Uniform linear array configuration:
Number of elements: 24
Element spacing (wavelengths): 1
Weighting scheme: binomial
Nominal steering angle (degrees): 30
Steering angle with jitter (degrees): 30.193
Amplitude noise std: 0.05
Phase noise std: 0.05

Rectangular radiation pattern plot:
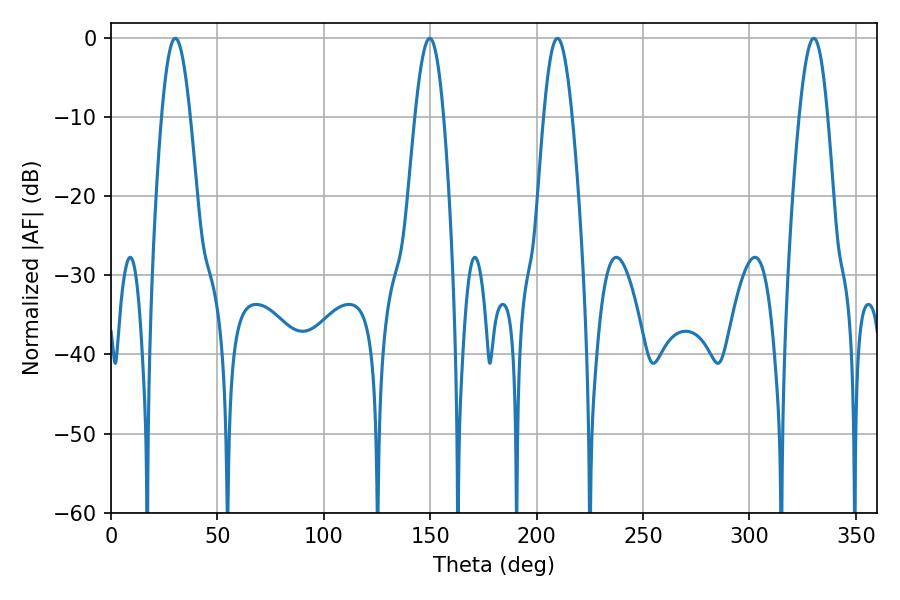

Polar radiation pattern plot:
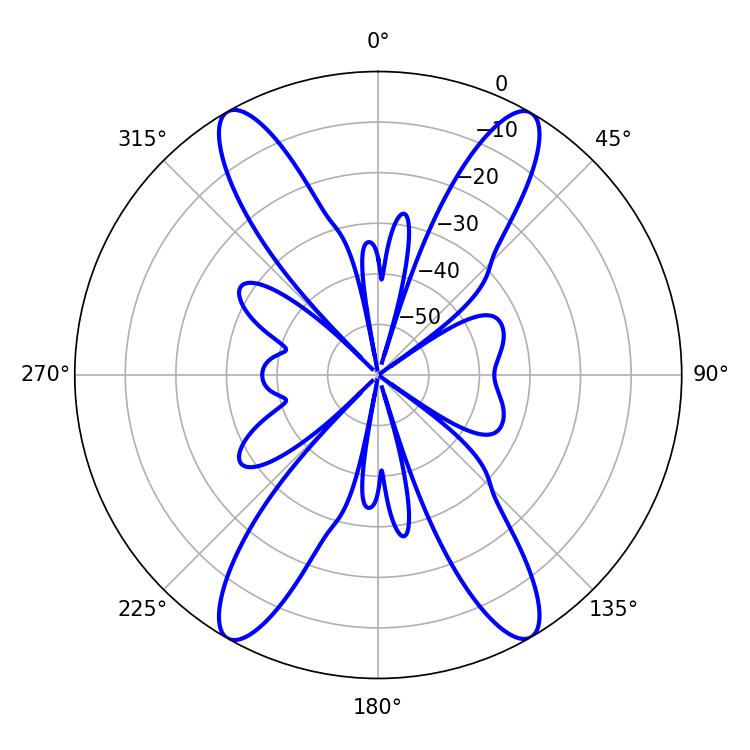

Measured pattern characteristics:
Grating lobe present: TRUE
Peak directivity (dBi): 28.667
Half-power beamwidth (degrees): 7.2
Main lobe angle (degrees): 30.24